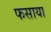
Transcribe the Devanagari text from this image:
फसाया